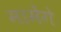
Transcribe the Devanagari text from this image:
मामेंगे